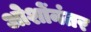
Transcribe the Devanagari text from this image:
ओशोंनंतर